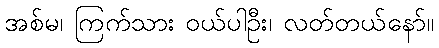
အစ်မ၊ ကြက်သား ဝယ်ပါဦး၊ လတ်တယ်နော်။